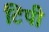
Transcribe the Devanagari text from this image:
टिपी